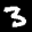
Label: 3